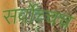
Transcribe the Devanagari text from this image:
सर्वोच्चच